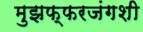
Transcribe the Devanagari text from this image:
मुझफ्फरजंगशी